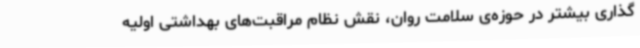
‌گذاری بیشتر در حوزه‌ی سلامت روان، نقش نظام مراقبت‌های بهداشتی اولیه